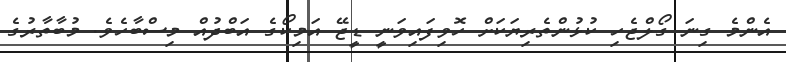
އެންމެ ގިނަ ގޯލްޖެހި ކުޅުންތެރިޔަކަށް ހޮވިފައިވަނީ ޑީޖޭ އަމިކޯގެ އަބްދުއް މިސްބާހެވެ. މުބާތާރުގެ